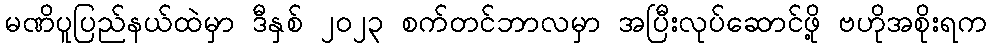
မဏိပူပြည်နယ်ထဲမှာ ဒီနှစ် ၂၀၂၃ စက်တင်ဘာလမှာ အပြီးလုပ်ဆောင်ဖို့ ဗဟိုအစိုးရက